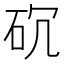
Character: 𥐱